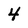
Character: 4